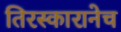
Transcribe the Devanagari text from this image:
तिरस्कारानेच